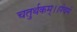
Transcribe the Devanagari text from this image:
चतुर्थकम्।।पंचमं